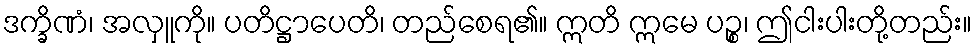
ဒက္ခိဏံ၊ အလှူကို။ ပတိဋ္ဌာပေတိ၊ တည်စေရ၏။ ဣတိ ဣမေ ပဉ္စ၊ ဤငါးပါးတို့တည်း။